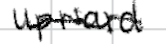
Text: upward
Cross-out: mix
Writing tool: digital_black